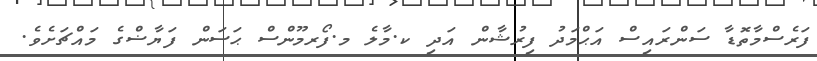
ފަރެސްމާތޮޑާ ސަންރައިސް އަޙްމަދު ފިރުޝާން އަދި ކ.މާލެ މ.ފޯރމޫންސް ޙަސަން ފަޔާޟްގެ މައްޗަށެވެ.